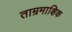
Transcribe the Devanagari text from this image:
ताम्रमाक्षिक